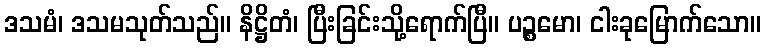
ဒသမံ၊ ဒသမသုတ်သည်။ နိဋ္ဌိတံ၊ ပြီးခြင်းသို့ရောက်ပြီ။ ပဉ္စမော၊ ငါးခုမြောက်သော။